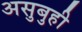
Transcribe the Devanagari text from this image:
असुबुही